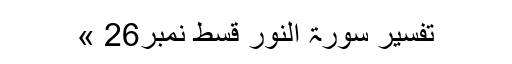
تفسیر سورۃ النور قسط نمبر26 »